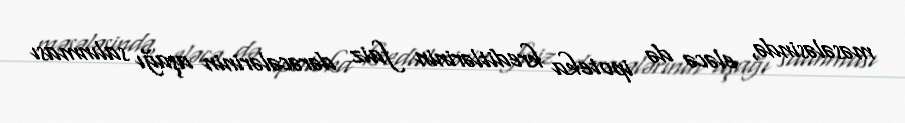
məsələsində, eləcə də ipoteka kreditlərinin faiz dərəcələrinin aşağı salınması